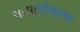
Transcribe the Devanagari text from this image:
शास्त्रीकरण